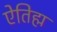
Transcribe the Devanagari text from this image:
ऐतिह्म